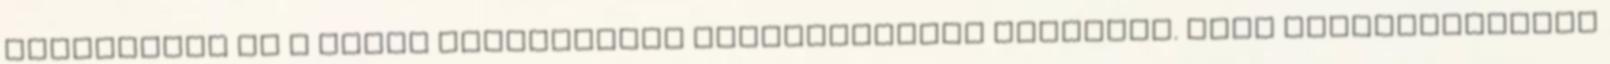
Auswitzról és a többi állítólagos koncentrációs táborról. EZEK TULAJDONKÉPPEN